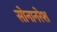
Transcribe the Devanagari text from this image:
सोनानरेश